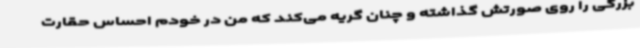
بزرگی را روی صورتش گذاشته و چنان گریه می‌کند که من در خودم احساس حقارت